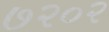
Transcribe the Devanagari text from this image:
७२०२